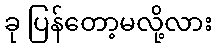
ခု ပြန်တော့မလို့လား